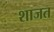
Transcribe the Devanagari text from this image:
शाजत